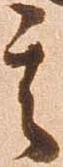
其